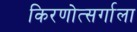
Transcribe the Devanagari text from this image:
किरणोत्सर्गाला